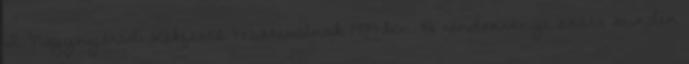
I. Nagynyárádi Kékfestô Fesztiválnak 1999-ben. A rendezvényt azóta minden